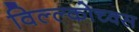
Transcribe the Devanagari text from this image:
विल्ल्कोच्क्स